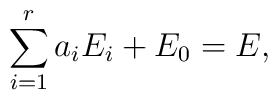
\sum_{i=1}^r a_i E_i + E_0 = E,